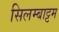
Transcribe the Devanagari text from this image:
सिलम्बाट्टम